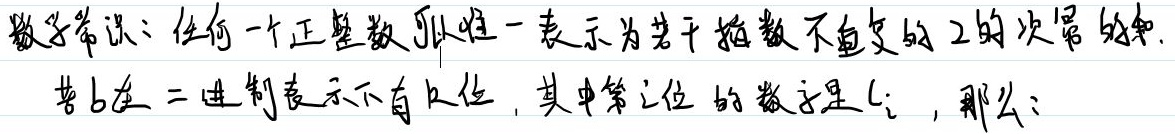
数学常识：任何一个正整数可以唯一表示为若干指数不重复的 2 的次幂的和。若\(b\)在二进制表示下有\(n\)位，其中第\(i\)位的数字是\(c_{i}\)，那么：